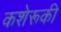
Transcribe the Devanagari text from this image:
कशेरूकी